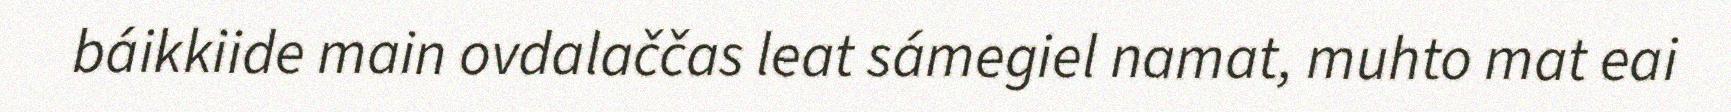
báikkiide main ovdalaččas leat sámegiel namat, muhto mat eai